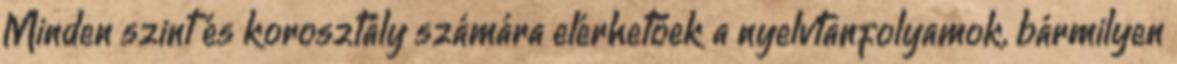
Minden szint és korosztály számára elérhetőek a nyelvtanfolyamok, bármilyen